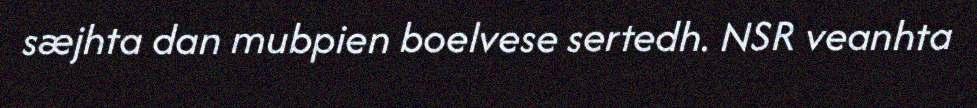
sæjhta dan mubpien boelvese sertedh. NSR veanhta